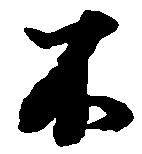
不